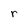
Character: r